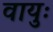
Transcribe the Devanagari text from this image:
वायुः